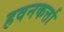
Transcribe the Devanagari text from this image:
हवनकर्त्ता